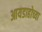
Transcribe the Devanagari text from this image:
आयडाहोच्या